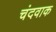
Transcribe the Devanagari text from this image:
चंदवाक